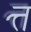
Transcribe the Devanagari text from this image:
त्त